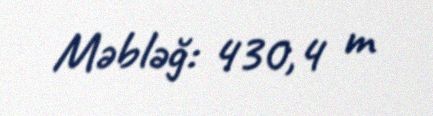
Məbləğ: 430,4 m